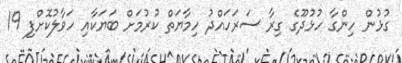
ގުޅުން ހިންގާ ހުޅުދޫގެ ގިރާ ސަރަހައްދު ހިމާޔަތް ކުރުމަށް ބަޔަކާއި ހަވާލުކޮށްފި 19